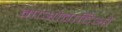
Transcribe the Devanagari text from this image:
माओवादिओं